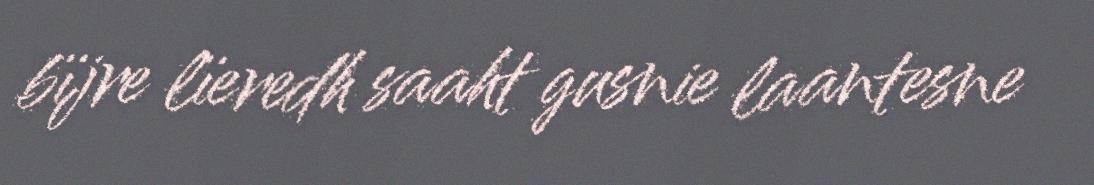
bïjre lïeredh saaht gusnie laantesne